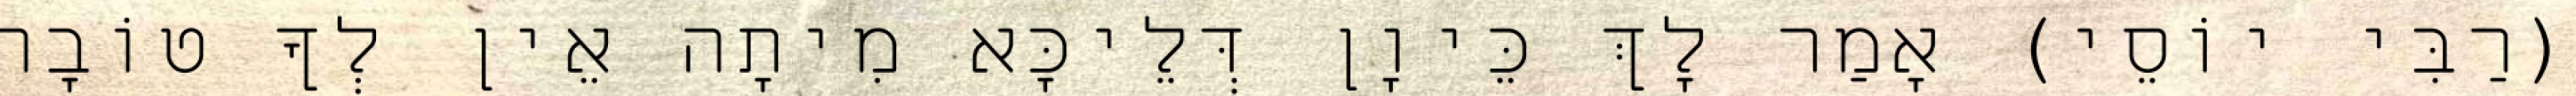
(רַבִּי יוֹסֵי) אָמַר לָךְ כֵּיוָן דְּלֵיכָּא מִיתָה אֵין לְךָ טוֹבָה